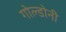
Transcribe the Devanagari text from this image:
गोल्डोनी